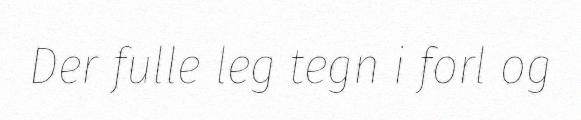
Der fulle leg tegn i forl og